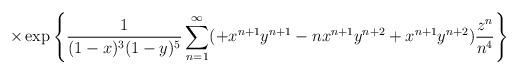
LaTeX: \begin{align*} \times \exp\left\{ \frac{1}{(1-x)^3(1-y)^5} \sum_{n=1}^{\infty} (+x^{n+1}y^{n+1}-nx^{n+1}y^{n+2}+x^{n+1}y^{n+2}) \frac{z^n}{n^4} \right\}\end{align*}